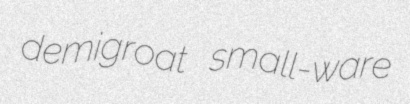
demigroat small-ware